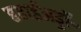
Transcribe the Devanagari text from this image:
हवाईअड्डॉ॰